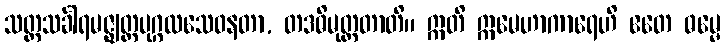
သတ္တသင်္ခါရမဇ္ဈတ္တပုဂ္ဂလသေဝနတာ, တဒဓိမုတ္တတာတိ။ ဣတိ ဣမေဟာကာရေဟိ ဧတေ ဓမ္မေ